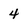
Character: 4